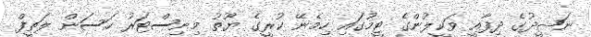
ނަޝީދުގެ ދިފާއީ ވަކީލުންގެ ޓީމުގައި ހިމެނޭ ކުރީގެ ޔޫތު މިނިސްޓަރު ހަސަން ލަތީފް